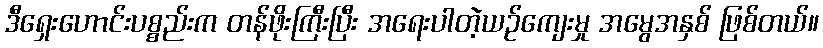
ဒီရှေးဟောင်းပစ္စည်းက တန်ဖိုးကြီးပြီး အရေးပါတဲ့ယဉ်ကျေးမှု အမွေအနှစ် ဖြစ်တယ်။